Code of medical and sanitary regulations for the guidance of medical officers serving in the Madras Presidency - Volume II
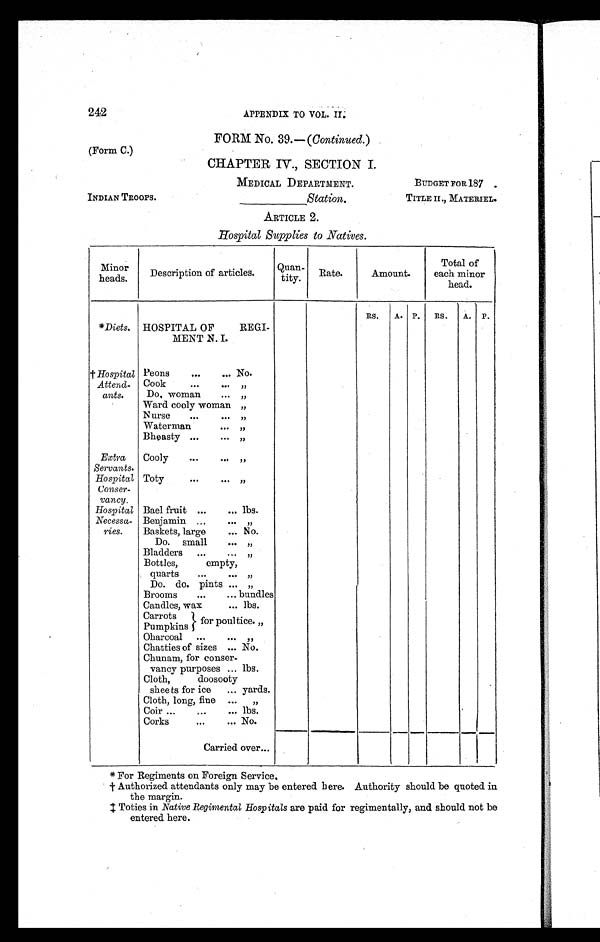
242
APPENDIX TO VOL. II.
FORM No. 39.— ( Continued. )
(Form C.)
CHAPTER IV., SECTION I.
MEDICAL DEPARTMENT.
BUDGET FOR 187 .
INDIAN TROOPS.
_________
Station.
TITLE II., MATERIEL.
ARTICLE 2.
Hospital Supplies to Natives.
Minor
heads.
Description of articles.
Quan-
tity.
Rate.
Amount.
Total of
each minor
head.
RS.
A. P.
RS.
A. P.
*Diets. HOSPITAL OF REGI-
MENT N. I.
† Hospital
Attend-
ants.
Peons
...
. . . No.
Cook
. . .
. . . „
Do. woman
. . . „
Ward cooly woman „
Nurse
...
. . . „
Waterman
. . . „
Bheasty ...
. . . „
Extra
Cooly
. . .
...
„
Servants.
Hospital
Conser-
vancy.
Toty
. . .
...
„
Hospital Bael fruit ...
... lbs.
Necessa-
ries.
Benjamin ...
. . . „
Baskets, large
. . . N o .
Do. small
. . . „
Bladders ...
. . .
„
Bottles, empty,
quarts
. . .
. . . „
Do. do. pints ... „
Brooms
. . .
... bundles
Candles, wax
... lbs.
Carrots
for poultice. „
Pumpkins
Oharcoal ...
. . . „
Chatties of sizes ... No.
Chunam, for conser-
vancy purposes ... lbs.
Cloth, doosooty
sheets for ice ... yards.
Cloth, long, fine ... „
Coir ...
. . .
... lbs.
Corks
. . . . . . No.
Carried over...
* For Regiments on Foreign Service.
† Authorized attendants only may be entered here. Authority should be quoted in
the margin.
‡ Toties in Native Regimental Hospitals are paid for regimentally, and should not be
entered here.